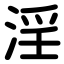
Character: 淫